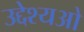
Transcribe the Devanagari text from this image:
उद्देश्यओ